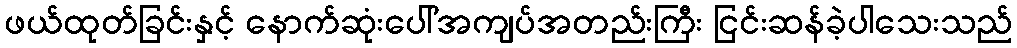
ဖယ်ထုတ်ခြင်းနှင့် နောက်ဆုံးပေါ်အကျပ်အတည်းကြီး ငြင်းဆန်ခဲ့ပါသေးသည်